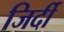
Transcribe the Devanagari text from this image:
जिर्दी